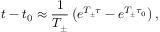
t - t _ { 0 } \approx \frac { 1 } { T _ { \pm } } \left( e ^ { T _ { \pm } \tau } - e ^ { T _ { \pm } \tau _ { 0 } } \right) ,